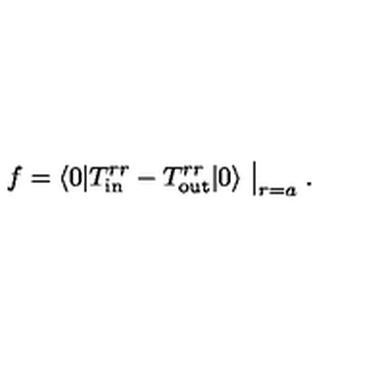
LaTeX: f = \langle 0 | T _ { \mathrm { i n } } ^ { r r } - T _ { \mathrm { o u t } } ^ { r r } | 0 \rangle \bigm | _ { r = a } .